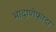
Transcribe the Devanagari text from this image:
भादाणेफाटा